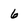
Character: 6